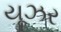
યૂઝર